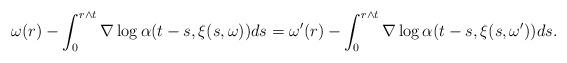
LaTeX: \begin{align*}\omega(r)-\int^{r\wedge t}_0 \nabla \log \alpha(t-s,\xi(s,\omega))ds=\omega'(r)-\int^{r\wedge t}_0 \nabla \log \alpha(t-s,\xi(s,\omega'))ds.\end{align*}